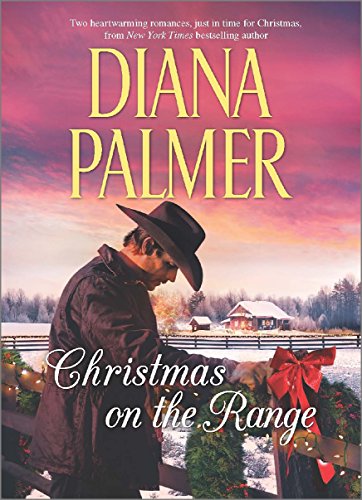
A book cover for Christmas on the Range: Winter Roses\Cattleman's Choice (Long, Tall Texans); Diana Palmer; Romance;